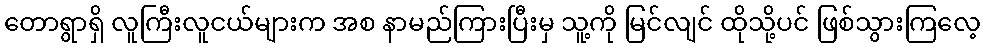
တောရွာရှိ လူကြီးလူငယ်များက အစ နာမည်ကြားပြီးမှ သူ့ကို မြင်လျင် ထိုသို့ပင် ဖြစ်သွားကြလေ့